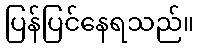
ပြန်ပြင်နေရသည်။